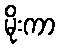
မိုးကာ